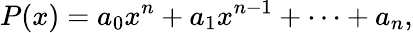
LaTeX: P(x)=a_{0}x^{n}+a_{1}x^{n-1}+\cdots+a_{n},